Vaccination in Burma 1912-1922 - 1912-1922
Year: 1912
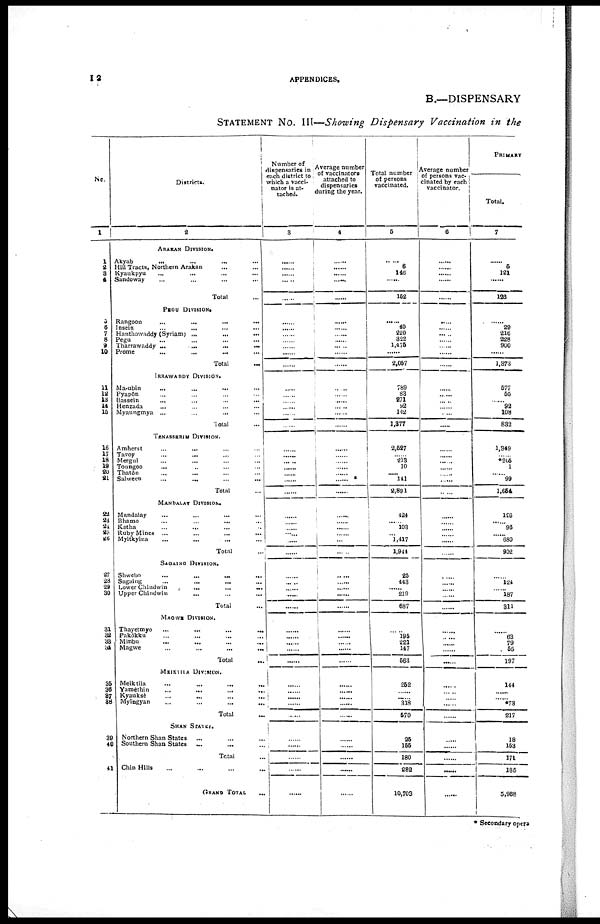
12
APPENDICES.
B.—DISPENSARY
STATEMENT No. III—Showing Dispensary Vaccination in the
No.
1
1
2 3
4
5
6
7
8
9
10
11
12
13
14
16
16
17
18
19
20
21
22
23 24
25
26
27
28
29
30
31
32
33
34
35
36
37
38
39
40
41
Districts.
2
ARAKAN DIVISION.
Akyab
... ... ... ...
Hill Tracts, Northern Arakan ... ...
Kyaukpyu ... ... ...
Sandoway ... ... ...
Total ...
PEGU DIVISION.
Rangoon
...
...
...
...
Insein
...
...
...
...
Hanthawaddy (Syriam) ...
...
...
Pegu ... ... ... ...
Tharrawaddy
...
...
...
...
Prome
...
...
...
...
Total
...
IRRAWADDY DIVISION.
Ma-ubin
...
...
... ...
Pyapôn ... ... ...
Bassein ... ... ...
Henzada ... ... ...
Myaungmya ...
...
...
Total ...
TENASSERIM DIVISION.
Amherst ... ... ... ...
Tavoy ... ... ... ...
Mergui ... ... ...
Toungoo
... ... ...
Thatôn ... ... ...
Salween
...
...
...
...
Total ...
MANDALAY DIVISION.
Mandalay ... ... ... ...
Bhamo
...
...
... ...
Katha ... ... ... ...
Ruby Mines ... ... ... ...
Myitkyina
...
...
...
Total ...
SAGAING DIVISION.
Shwebo
...
...
...
...
Sagaing ... ... ... ...
Lower Chindwin
...
...
...
Upper Chindwin
... ... ...
Total ...
MAGWE DIVISION.
Thayetmyo
...
...
...
...
Pakôkku ... ... ... ...
Minbu ... ... ... ...
Magwe
...
...
...
...
Total ...
MEIKTILA DIVISION.
Meiktila ... ... ... ...
Yamèthin ... ... ... ...
Kyauksè
...
...
...
...
Myingyan
...
...
...
...
Total ...
SHAN STATES.
Northern Shan States
... ... ... ...
Southern Shan States
... ... ... ...
Total ...
Chin Hills
GRAND TOTAL
...
Number of
dispensaries in
each district to
which a vacci-
nator is at-
tached.
3
......
......
......
......
......
......
......
......
......
......
......
......
......
......
......
......
......
......
......
......
......
......
......
......
......
......
......
......
......
......
......
......
......
......
......
......
......
......
......
......
......
......
......
......
......
......
......
......
......
......
......
Average number
of vaccinators
attached to
dispensaries
during the year.
4
......
......
......
......
......
......
......
......
......
......
......
......
......
......
......
......
......
......
......
......
......
......
......
......
......
......
......
......
......
......
......
......
......
......
......
......
......
......
......
......
......
......
......
......
......
......
......
......
......
Total number
of persons
vaccinated.
5
......
6
146
......
162
......
40
220
322
1,476
......
2,057
769
83
271
92
142
1,377
2,527
......
213 10
..... 141
2,891
424
......
103
......
1,417
1,944
25
443
......
219
687
......
195
221
147
563
252
......
......
318
570
25
155
180
282
10,703
Average number
of persons vac-
cinated by each
vaccinator.
6
......
......
......
......
......
......
......
......
......
......
......
......
......
......
......
......
......
......
......
......
......
......
......
......
......
......
......
......
......
......
......
......
......
......
......
......
......
......
......
......
......
......
......
......
......
......
......
......
......
......
Primary
Total.
7
......
6
121
......
128
......
29
216
228
900
......
1,373
577
55
......
92
108
832
1,349
......
*205
1
......
99
1,664
126
96
......
680
902
124
......
187
311
63
79
55
197
144
......
*73
217
18
153
171
185
5,968
* Secondary opera